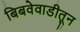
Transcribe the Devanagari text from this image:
बिबवेवाडीतून